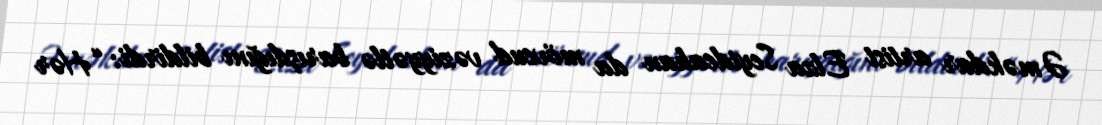
Əməkdar artist Elza Seyidcahan da mövcud vəziyyətlə barışdığını bildirdi: “Hər